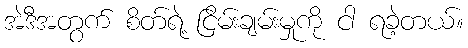
အဲဒီအတွက် စိတ်ရဲ့ ငြိမ်းချမ်းမှုကို ငါ ရခဲ့တယ်။